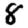
Digit: 8